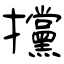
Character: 攩